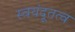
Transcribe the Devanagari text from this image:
स्वयंदूतत्व